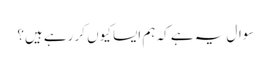
سوال یہ ہے کہ ہم ایسا کیوں کر رہے ہیں؟